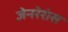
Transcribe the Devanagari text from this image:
जेनरेशंस